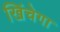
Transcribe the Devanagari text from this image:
खिंचेगा